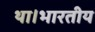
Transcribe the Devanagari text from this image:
था।भारतीय